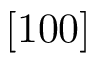
[ 1 0 0 ]